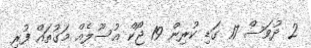
2 ދުވަސް 17 ގަޑި ކުރިން 19 ޖޯކް އުސޫލެއް މަގުތައް ފުރި